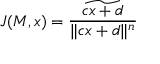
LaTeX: J ( M , x ) = { \frac { \widetilde { c x + d } } { \| c x + d \| ^ { n } } }